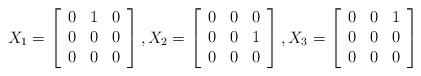
LaTeX: \begin{align*}X_{1}=\left[\begin{array}[c]{ccc}0 & 1 & 0\\0 & 0 & 0\\0 & 0 & 0\end{array}\right] ,X_{2}=\left[\begin{array}[c]{ccc}0 & 0 & 0\\0 & 0 & 1\\0 & 0 & 0\end{array}\right] ,X_{3}=\left[\begin{array}[c]{ccc}0 & 0 & 1\\0 & 0 & 0\\0 & 0 & 0\end{array}\right]\end{align*}